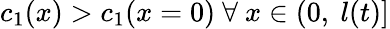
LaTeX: c_{1}(x)>c_{1}(x=0)~\forall~x\in\left(0,~l(t)\right]